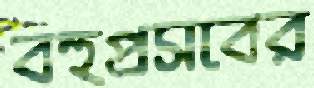
বহুপ্রসবের